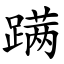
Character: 蹒